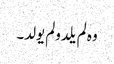
وہ لم یلدولم یولد۔